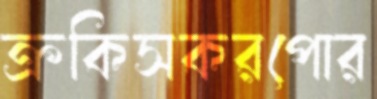
ক্রকিসকরপোর